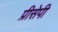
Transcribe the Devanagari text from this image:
प्रीसेपी